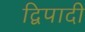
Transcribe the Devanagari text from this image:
द्विपादी